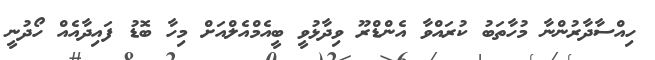
ހިއްސާދާރުންނާ މުހާތަބު ކުރައްވާ އެންޑްރޫ ވިދާޅުވީ ބީއެމްއެލްއަށް މިހާ ބޮޑު ފައިދާއެއް ހޯދުނީ